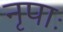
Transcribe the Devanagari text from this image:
नृपाः